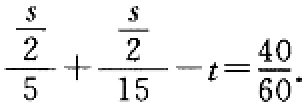
$\frac{\frac{s}{2}}{5}+\frac{\frac{s}{2}}{15}-t=\frac{40}{60}$